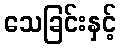
သေခြင်းနှင့်